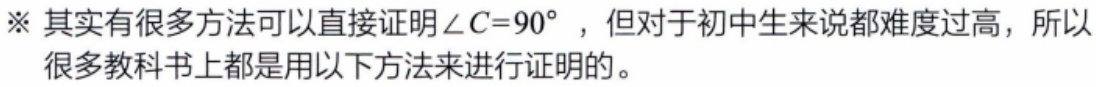
※ 其实有很多方法可以直接证明$\angle C = 90^{\circ}$，但对于初中生来说都难度过高，所以很多教科书上都是用以下方法来进行证明的。